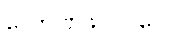
လောဏဖလဝဂ္ဂေါ